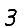
Digit: 3